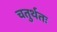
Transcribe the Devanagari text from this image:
चतुर्थतः